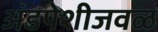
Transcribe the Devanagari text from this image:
अंडपेशीजवळ